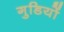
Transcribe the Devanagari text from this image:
गुडियों